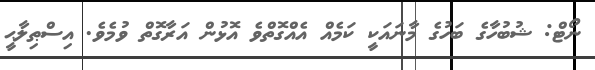
ނޯޓް: ޝުބުހާގެ ބަހުގެ މާނައަކީ ކަމެއް އެއްގޮތްވެ އޮޅުން އަރާގޮތް ވުމެވެ. އިސްޠިލާޙީ